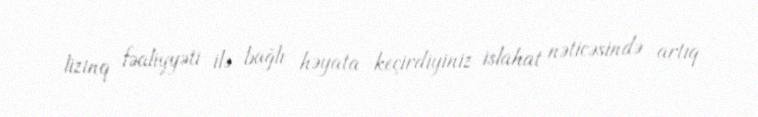
lizinq fəaliyyəti ilə bağlı həyata keçirdiyiniz islahat nəticəsində artıq